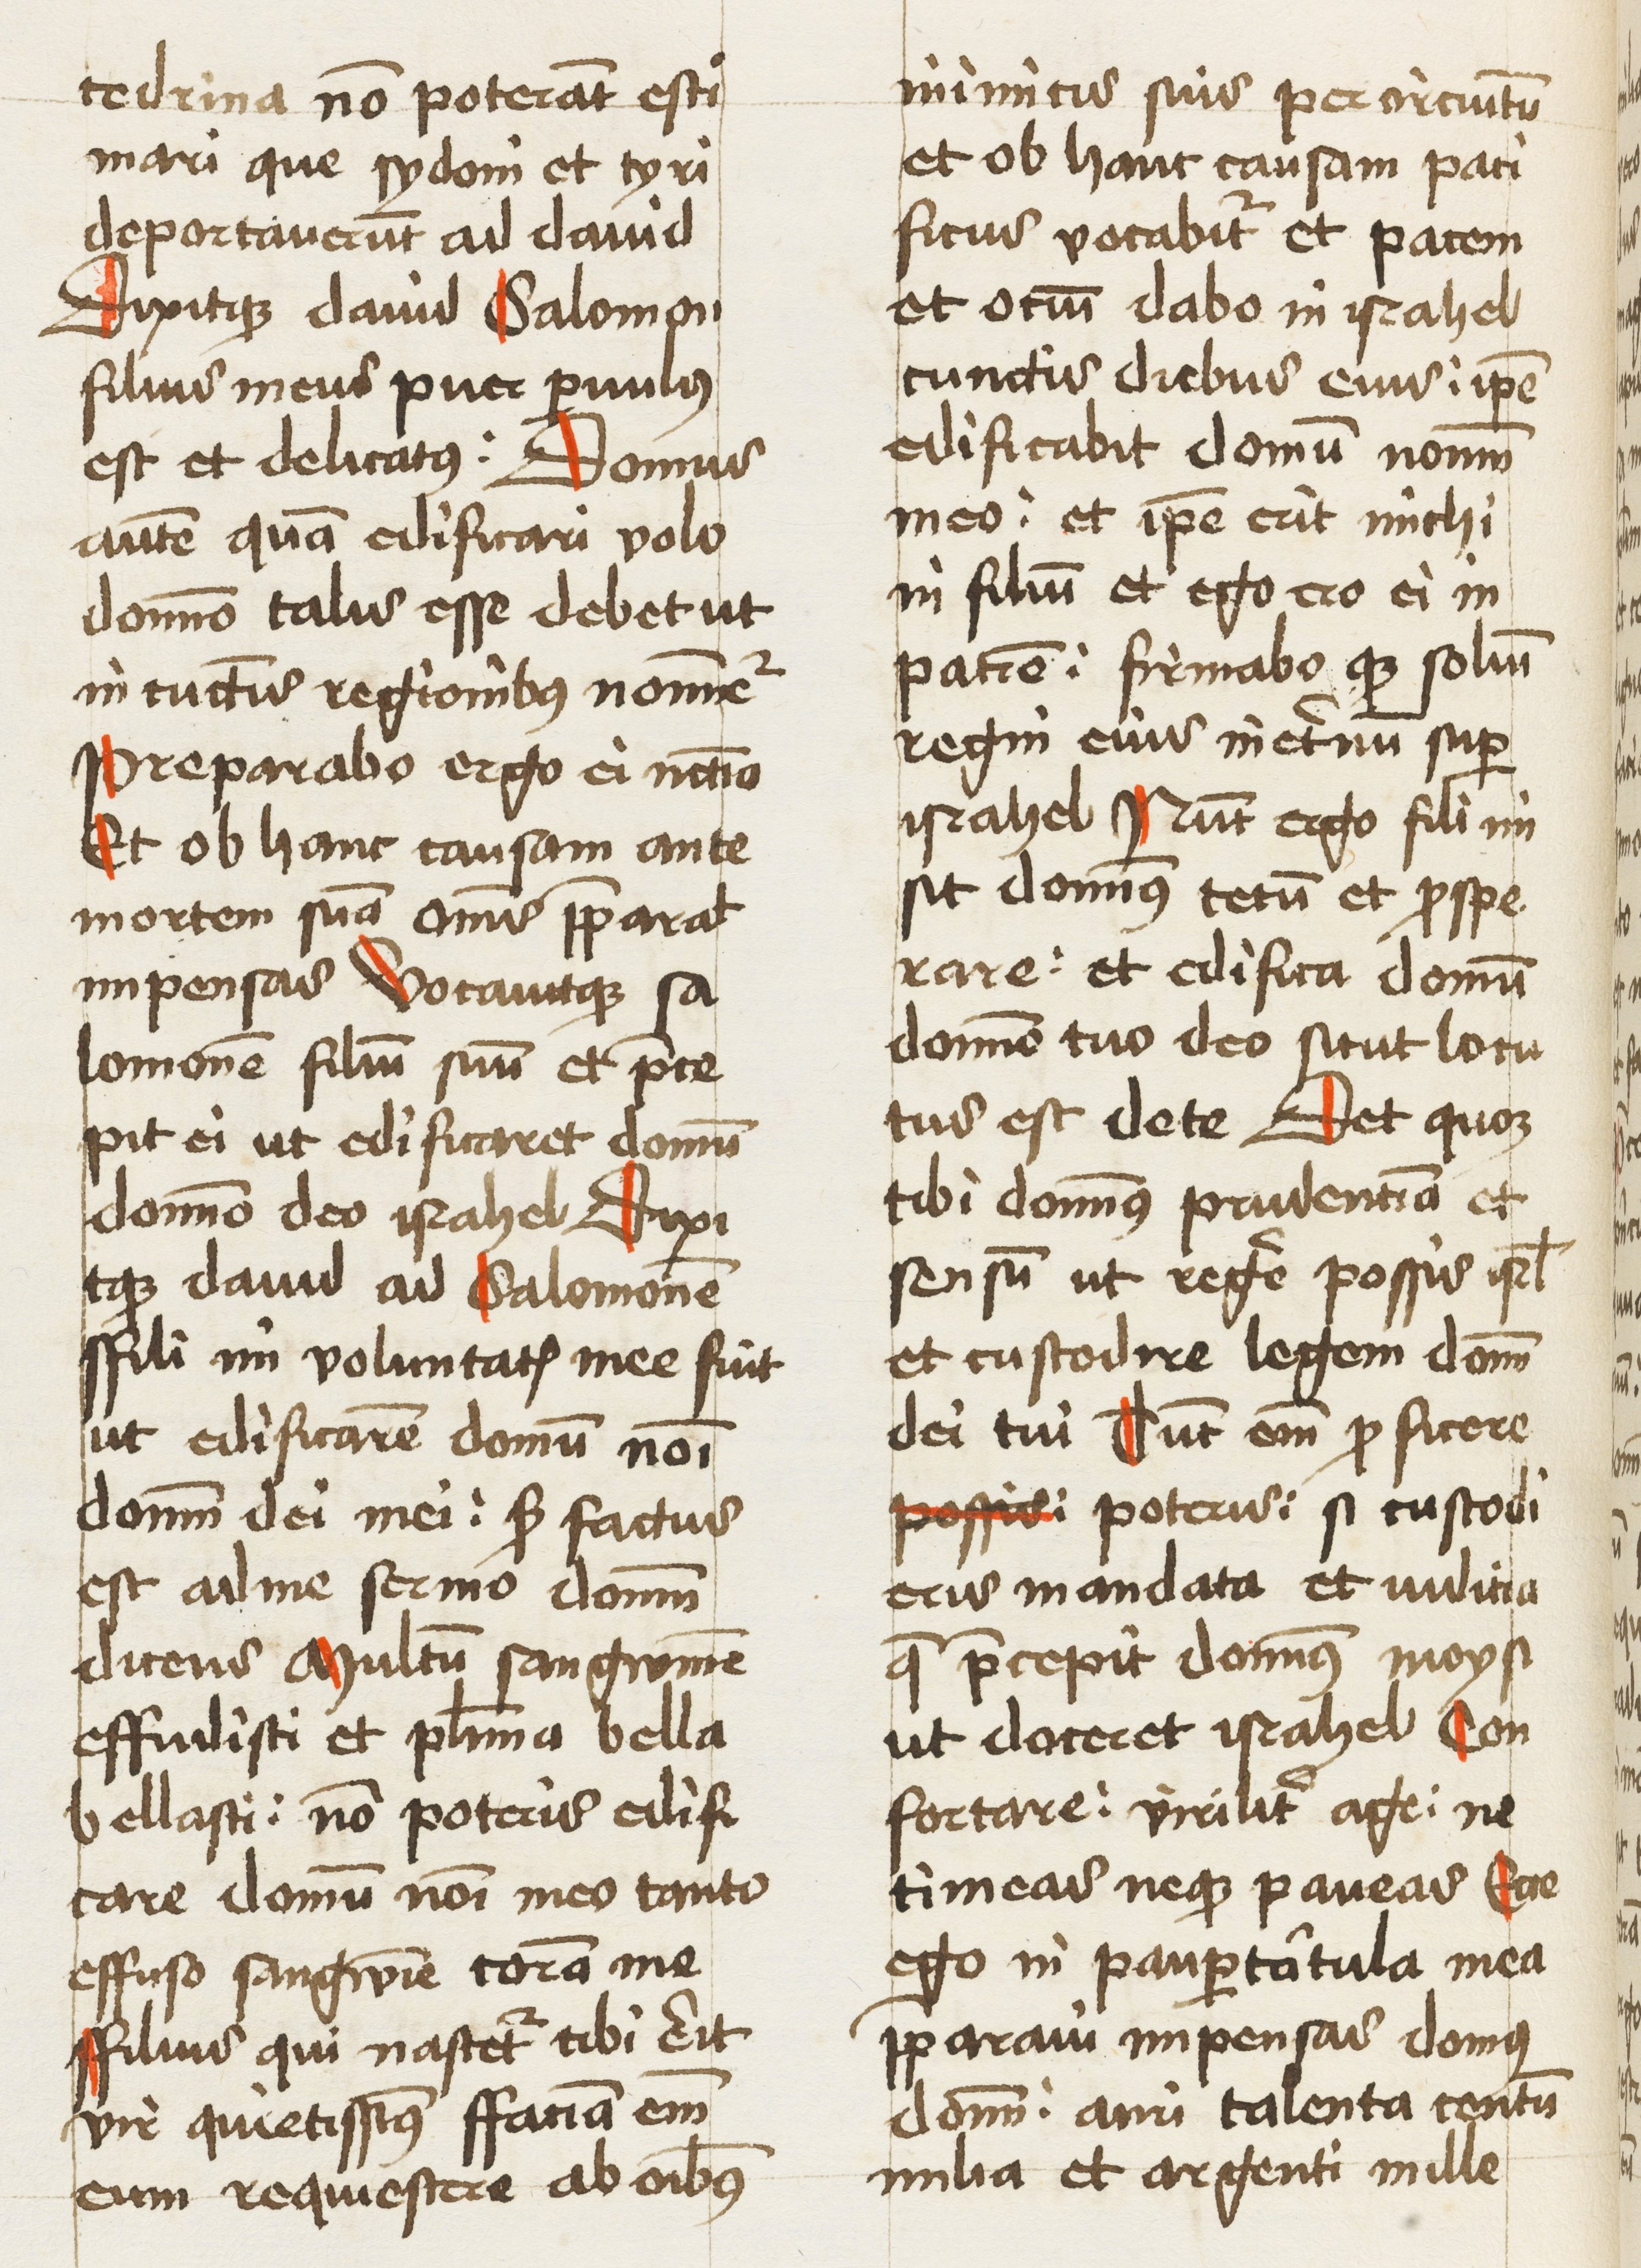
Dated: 1460–1462